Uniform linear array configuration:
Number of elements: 64
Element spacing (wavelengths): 0.75
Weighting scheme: hamming
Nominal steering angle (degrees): -15
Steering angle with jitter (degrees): -15.454
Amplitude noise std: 0.05
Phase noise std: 0.05

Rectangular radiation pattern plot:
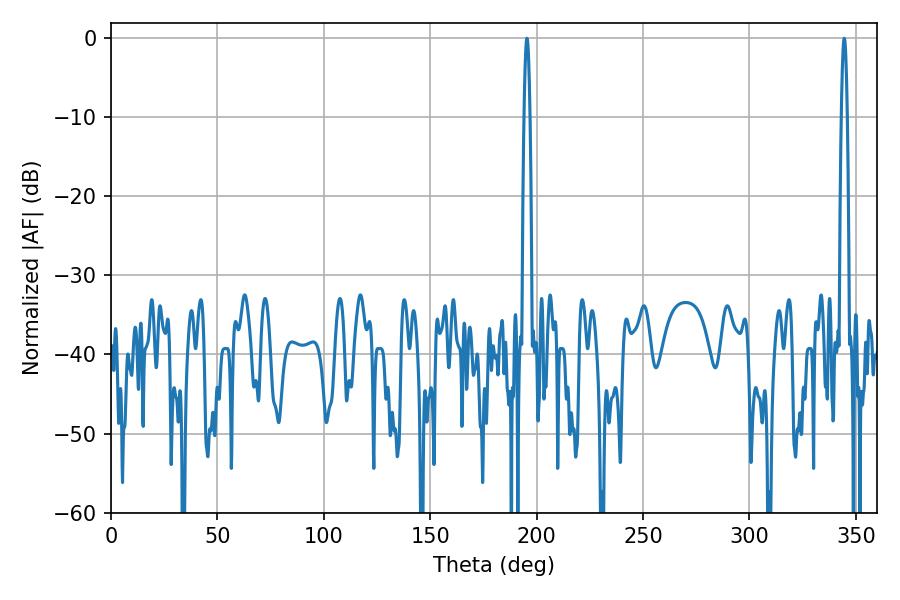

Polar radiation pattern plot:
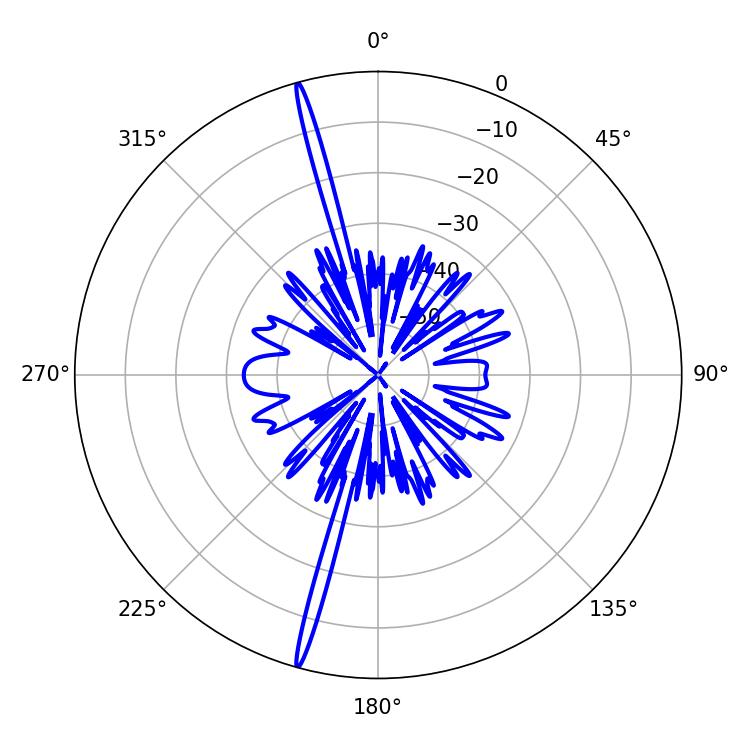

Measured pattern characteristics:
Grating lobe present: TRUE
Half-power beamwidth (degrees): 1.44
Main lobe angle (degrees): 195.48